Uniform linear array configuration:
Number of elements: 16
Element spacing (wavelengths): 1
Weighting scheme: binomial
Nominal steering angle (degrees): -30
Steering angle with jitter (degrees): -29.283
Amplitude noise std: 0.05
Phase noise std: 0.05

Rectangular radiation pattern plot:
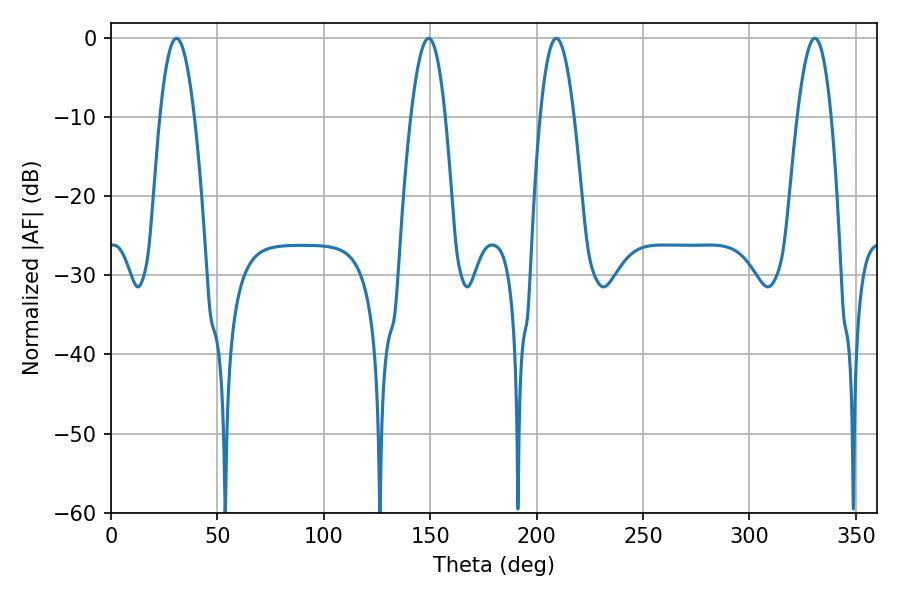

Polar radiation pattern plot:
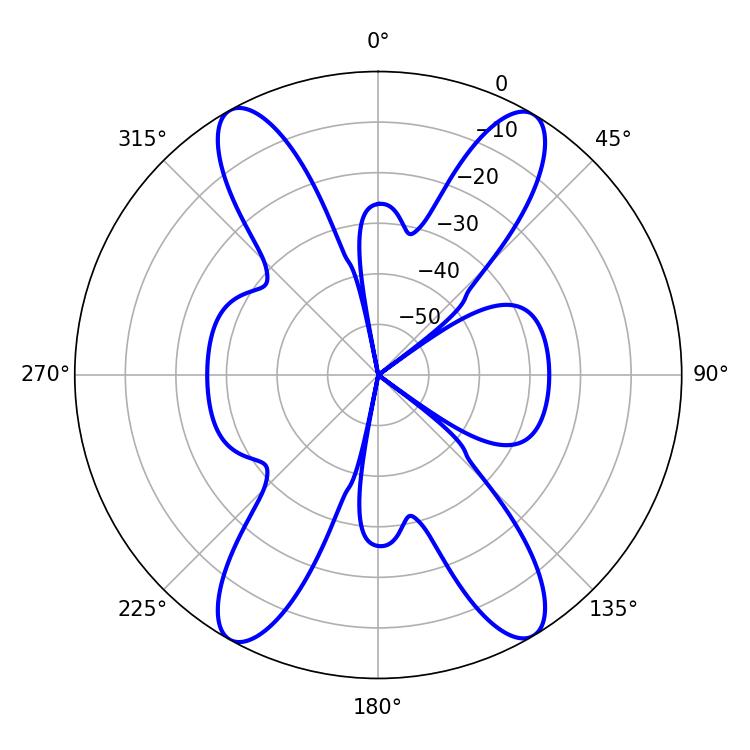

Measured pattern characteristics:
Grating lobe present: TRUE
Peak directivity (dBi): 23.408
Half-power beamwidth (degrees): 8.82
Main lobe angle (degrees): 30.78